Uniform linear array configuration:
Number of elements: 4
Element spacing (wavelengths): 0.5
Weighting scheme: cosine
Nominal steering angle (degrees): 30
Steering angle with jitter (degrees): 28.782
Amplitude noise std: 0.05
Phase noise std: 0.05

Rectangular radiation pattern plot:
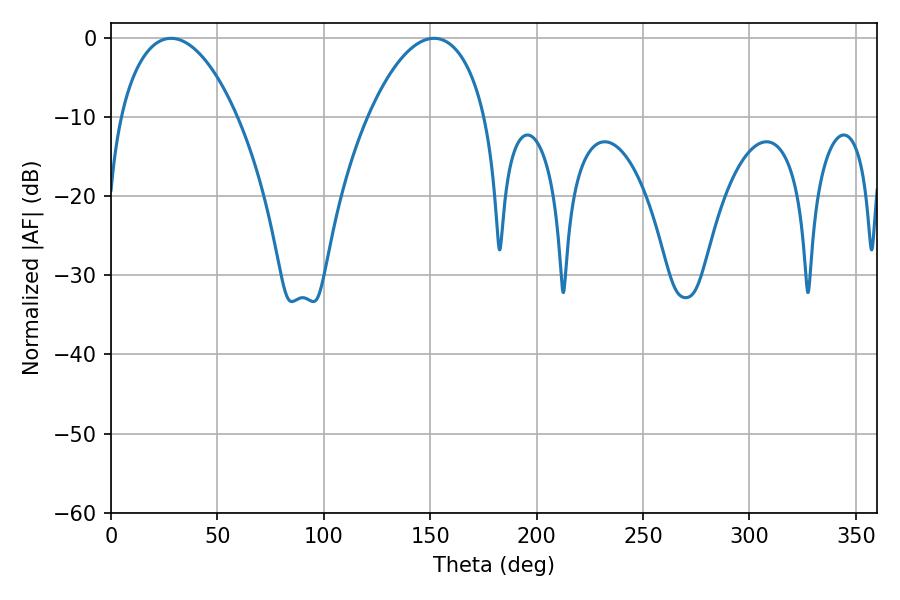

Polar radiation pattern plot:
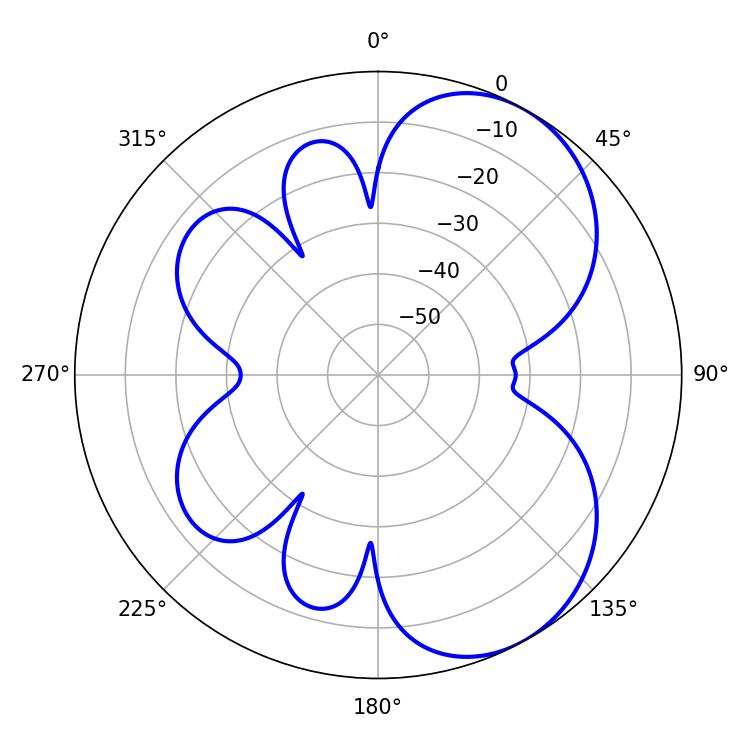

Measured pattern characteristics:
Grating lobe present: FALSE
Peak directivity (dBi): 5.823
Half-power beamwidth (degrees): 30.96
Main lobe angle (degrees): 28.26